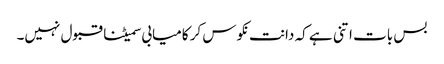
بس بات اتنی ہے کہ دانت نکوس کر کامیابی سمیٹنا قبول نہیں۔